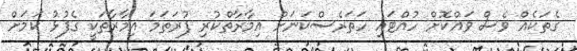
ގެތަކެއް ވެސް ވައްކޮށް ހުއްޓައި ހަތަރެސްކަނަށް އިމާރާތްކުރި ފުރަތަމަ އިމާރާތަކީ ގެފުޅު ކަމަށް